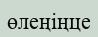
өлеңіңце